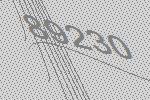
89230